Vaccination in Bombay 1913-1923 - 1913-1923
Year: 1913
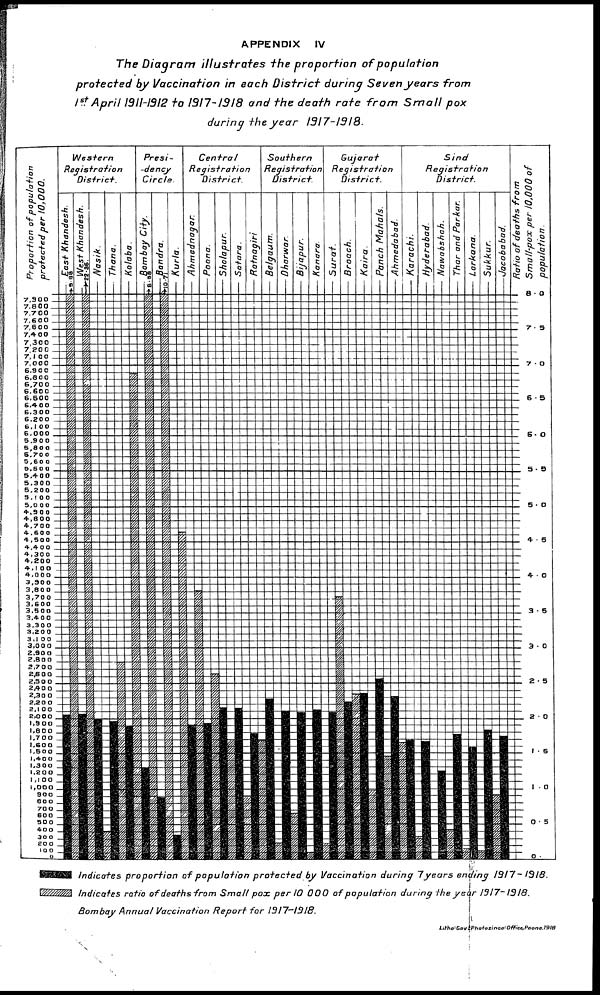
APPENDIX
IV
The Diagram
illustrates
the proportion
of
population
protected
by Vaccination
in each District
during Seven years
from
1st April 1911-1912 to 1917-1918 and the death rate from
Small
pox
during the year
1917-1918.